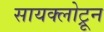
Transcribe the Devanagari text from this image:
सायक्लोट्रून